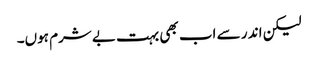
لیکن اند ر سے اب بھی بہت بے شرم ہوں۔